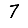
Digit: 7